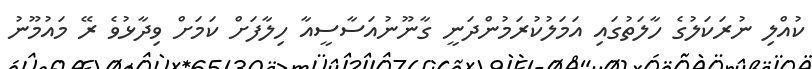
ކުއްލި ނުރަކަލުގެ ހާލަތުގައި އަމަލުކުރަމުންދަނީ ގާނޫނުއަސާސީއާ ހިލާފަށް ކަމަށް ވިދާޅުވެ ރޭ މައުމޫނު